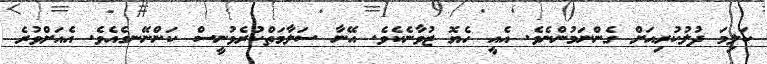
ކަލިމަ ދުލުކުރިއަށް ގެންނަމުންނެވެ. އެއީ ހެޔޮ ޒުވާނެކެވެ. އޭނާ ސަލާމަތްކުރެވުނީސް ކަންނޭނގެއެވެ. އެއަށްވުރެ